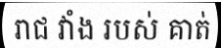
រាជ វាំង របស់ គាត់